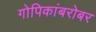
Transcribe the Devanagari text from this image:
गोपिकांबरोबर